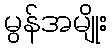
မွန်အမျိုး